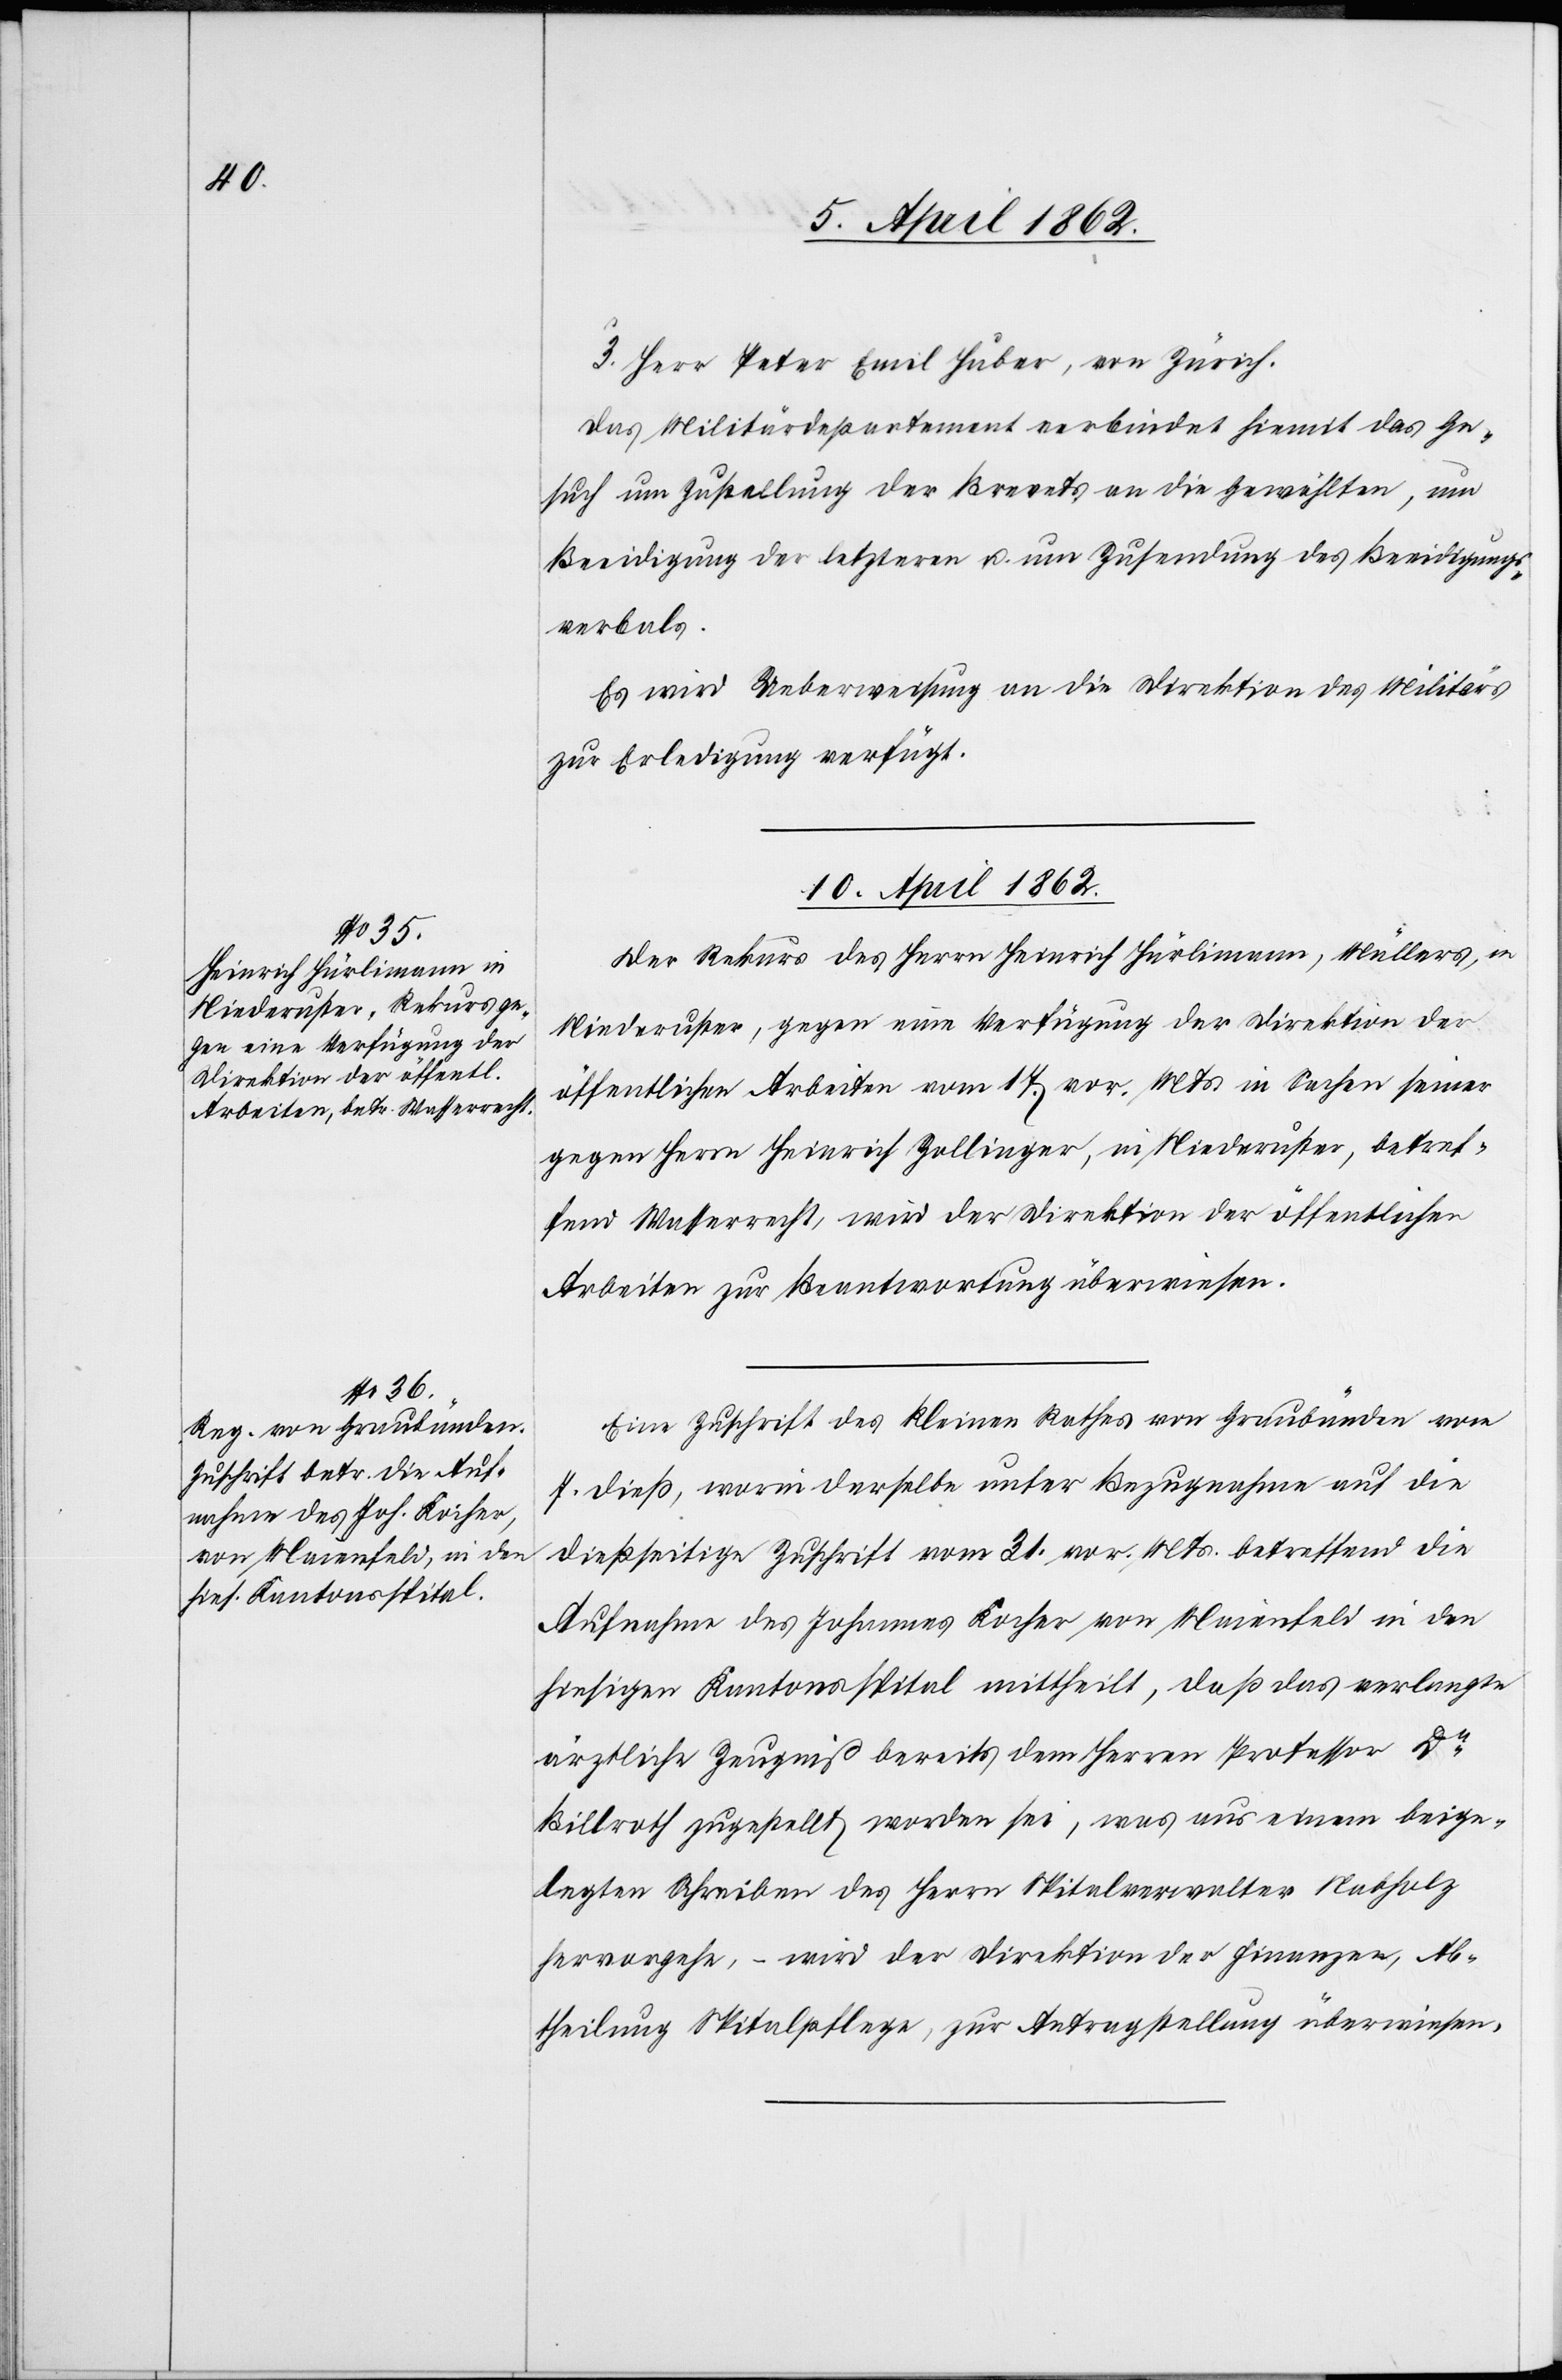
Das Militärdepartement verbindet hiemit das Ge¬
such um Zustellung der Brevets an die Gewählten, um
Beeidigung der letzteren u. um Zusendung des Beeidigungs¬
verbals.
Es wird Ueberweisung an die Direktion des Militärs
zur Erledigung verfügt.
10. April 1862.]
Der Rekurs des Herrn Heinrich Hürlimann, Müllers, v.
Niederuster, gegen eine Verfügung der Direktion der
öffentlichen Arbeiten vom 17. vor. Mts. in Sachen seiner
gegen Herrn Heinrich Zollinger, in Niederuster, betref¬
fend Wasserrecht, wird der Direktion der öffentlichen
Arbeiten zur Beantwortung überwiesen.
Eine Zuschrift des Kleinen Rathes von Graubünden vom
7. dieß, worin derselbe unter Bezugnahem auf die
dießseitige Zuschrift vom 31. vor. Mts. betreffend die
Aufnahme des Johannes Kocher von Maienfeld in den
hiesigen Kantonsspital mittheilt, daß das verlangte
ärztliche Zeugniß bereits dem Herren Professor Dr.
Billroth zugestellt worden sie, was aus einem beige¬
legten Schreiben des Herrn Spitalverwalter Nabholz
hervorgehe, – wird der Direktion der Finanzen, Ab¬
theilung Spitalpflege, zur Antragstellung überwiesen.